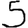
Digit: 5